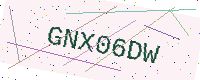
Text: GNX06DW